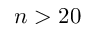
n > 2 0